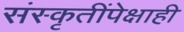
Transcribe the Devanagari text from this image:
संस्कृतींपेक्षाही